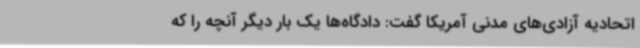
اتحادیه آزادی‌های مدنی آمریکا گفت: دادگاه‌ها یک بار دیگر آنچه را که